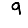
Digit: 9